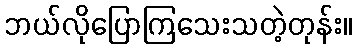
ဘယ်လိုပြောကြသေးသတဲ့တုန်း။